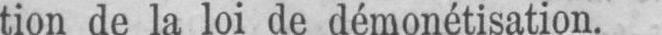
tion de la loi de démonétisation.